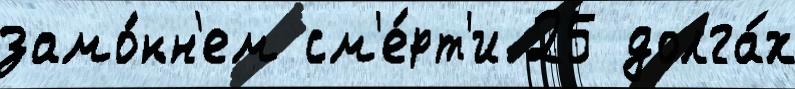
замо́кн'ем см'е́рт'и 25 долга́х